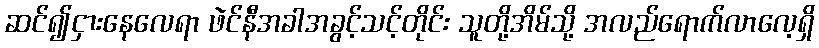
ဆင်၍ငှားနေလေရာ ဖဲင်နီအခါအခွင့်သင့်တိုင်း သူတို့အိမ်သို့ အလည်ရောက်လာလေ့ရှိ